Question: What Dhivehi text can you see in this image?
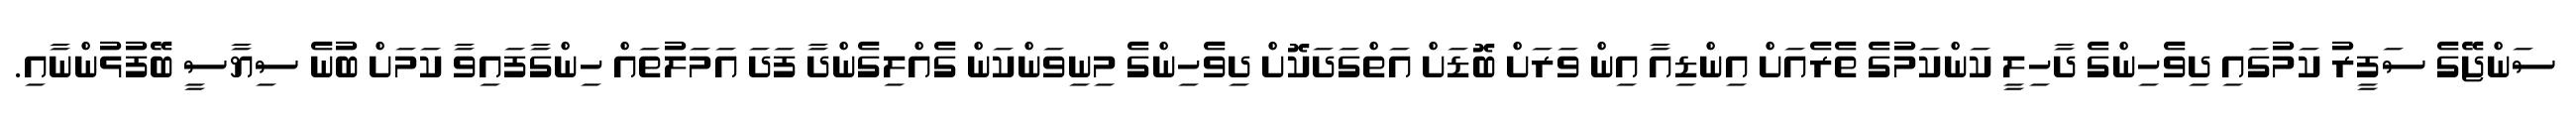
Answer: ސަންޖޭގެ ސަފީރު ކަމުގައި ދިވެހިންގެ ދާހިލީ ކަންކަމުގެ ތެރެއަށް އިންޑިއާ އިން ވަރަށް ބޮޑަށް އަތްގަދަކޮށް ދިވެހިންގެ މިނިވަންކަން ގެއްލިގެންދާ ފަދަ އަމަލުތައް ހިންގާފައިވާ ކަމަށް ބުނެ ސިޔާސީ ބޭފުޅުންނާއި.